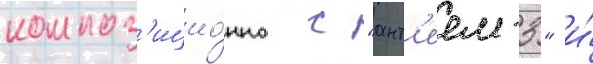
композ'ицио́нно с "ант'еем-3" и́